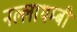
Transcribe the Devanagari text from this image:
नल्लाथम्बी